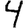
Digit: 4